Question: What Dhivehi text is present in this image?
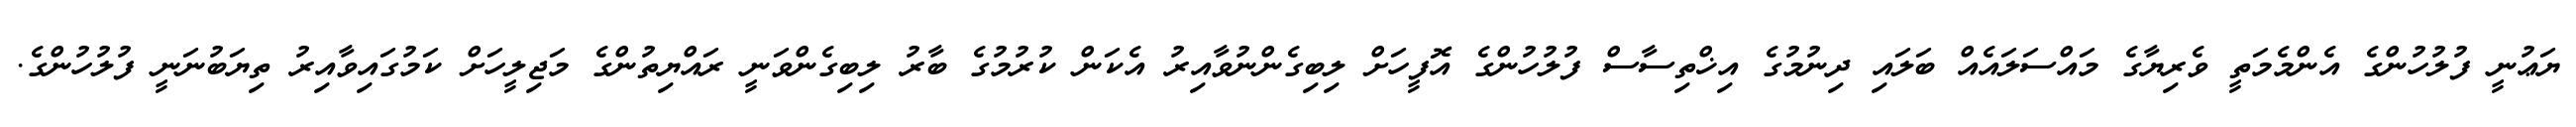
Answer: ޔަޢުނީ ފުލުހުންގެ އެންމެމަތީ ވެރިޔާގެ މައްސަލައެއް ބަލައި ދިނުމުގެ އިޚްތިސާސް ފުލުހުންގެ އޮފީހަށް ލިބިގެންނުވާއިރު އެކަން ކުރުމުގެ ބާރު ލިބިގެންވަނީ ރައްޔިތުންގެ މަޖިލީހަށް ކަމުގައިވާއިރު ތިޔަބުނަނީ ފުލުހުންގެ.